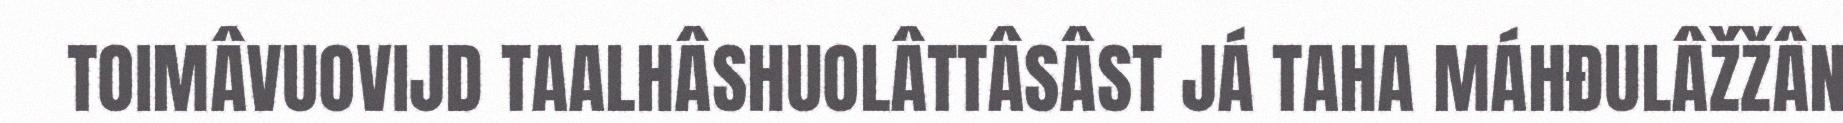
TOIMÂVUOVIJD TAALHÂSHUOLÂTTÂSÂST JÁ TAHA MÁHĐULÂŽŽÂN